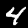
Digit: 4